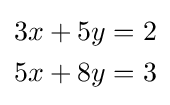
{\begin{aligned}3x+5y&=2\\5x+8y&=3\end{aligned}}